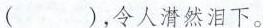
( )，令人潸然泪下。